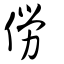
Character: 僗